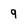
Character: 9